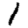
Digit: 1